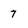
Character: 7